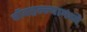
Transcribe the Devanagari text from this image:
बॉबहल्ल्यामध्ये